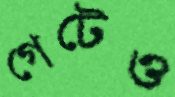
গেটেও